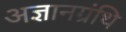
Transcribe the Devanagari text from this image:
अज्ञानग्रंथि